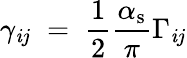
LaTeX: \gamma_{\mathit{i}j}\; =\; \frac{1}{2}\frac{{\alpha_{\mathrm{{s}}}}}{{\pi}}\Gamma_{\mathit{i}j}